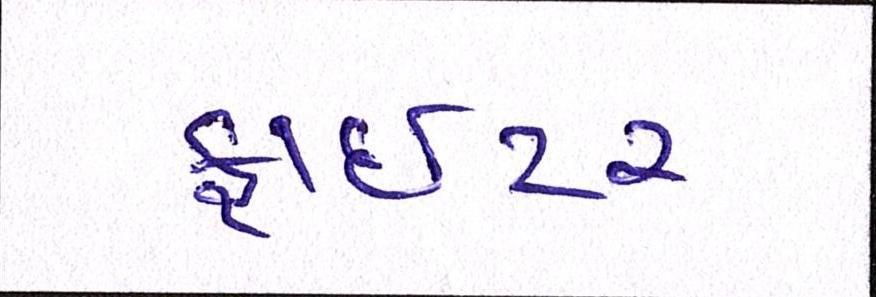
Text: ફાઈટર